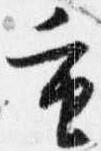
重